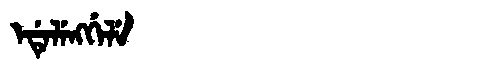
Manchu: ᡝᡩᡝᠯᡝᠩᡤᡝᠯᡝ
Romanization: EDELENGGELE